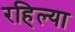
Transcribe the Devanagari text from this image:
रहिल्या